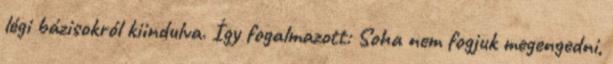
légi bázisokról kiindulva. Így fogalmazott: Soha nem fogjuk megengedni,